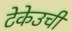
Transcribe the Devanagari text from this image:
टेकेउची